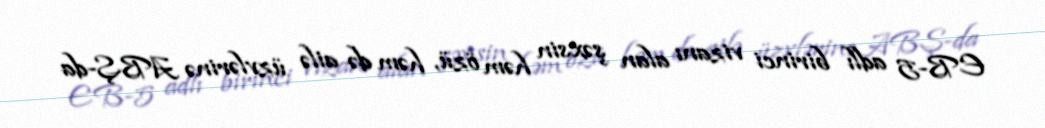
EB-5 adlı birinci vizanı alan şəxsin həm özü, həm də ailə üzvlərinə ABŞ-da